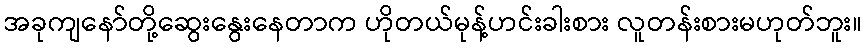
အခုကျနော်တို့ဆွေးနွေးနေတာက ဟိုတယ်မုန့်ဟင်းခါးစား လူတန်းစားမဟုတ်ဘူး။